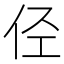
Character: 𠇹